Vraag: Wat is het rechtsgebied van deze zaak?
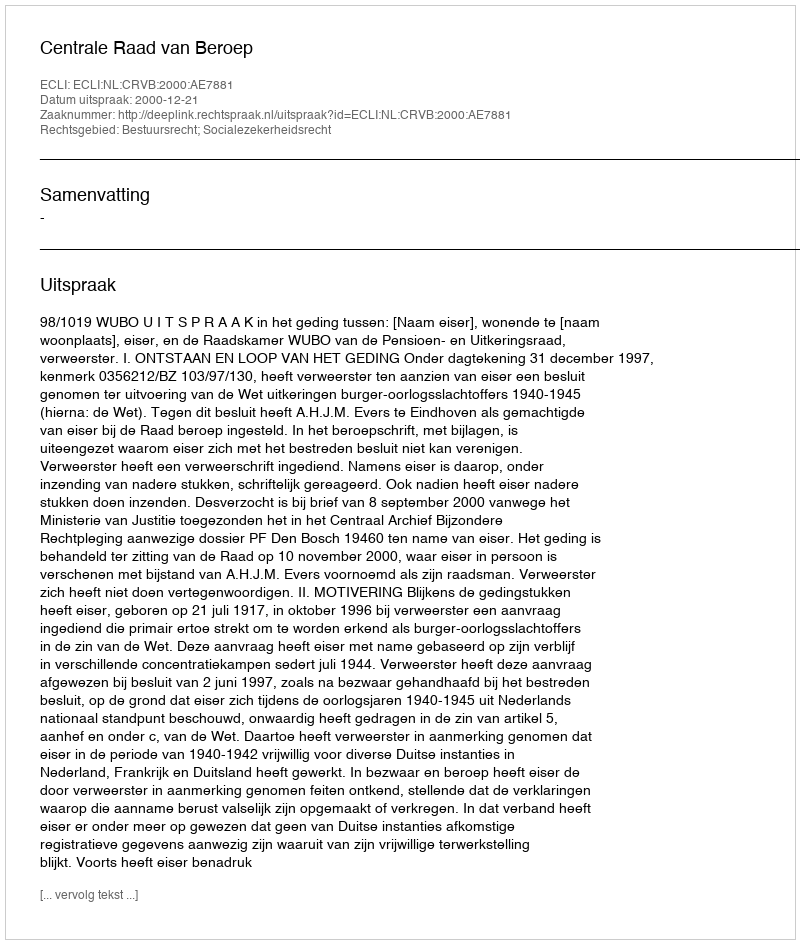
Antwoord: Bestuursrecht; Socialezekerheidsrecht